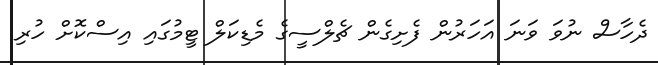
ދެހާސް ނުވަ ވަނަ އަހަރުން ފެށިގެން ޗެލްސީގެ މެޑިކަލް ޓީމުގައި އިސްކޮށް ހުރި